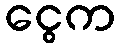
ငွေက